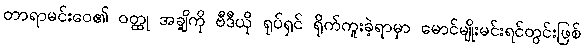
တာရာမင်းဝေ၏ ဝတ္ထု အချို့ကို ဗီဒီယို ရုပ်ရှင် ရိုက်ကူးခဲ့ရာမှာ မောင်မျိုးမင်းရင်တွင်းဖြစ်